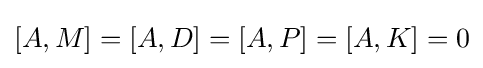
[A,M]=[A,D]=[A,P]=[A,K]=0